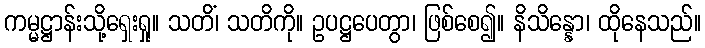
ကမ္မဋ္ဌာန်းသို့ရှေးရှု။ သတိံ၊ သတိကို။ ဥပဋ္ဌပေတွာ၊ ဖြစ်စေ၍။ နိသိန္နော၊ ထိုနေသည်။